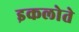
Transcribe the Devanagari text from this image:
इकलोते